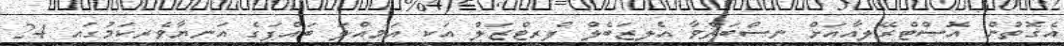
އެގޮތުން އޮސްޓްރޭލިއާއަށް ނިސްބަތްވާ އެލިޒަބެލް ފްރިޓްޒަލް އަކީ އަމިއްލަ ބައްޕަގެ އަނިޔާވެރިކަމުގައި 24